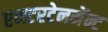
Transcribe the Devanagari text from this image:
एनटरटेनमेंन्ट